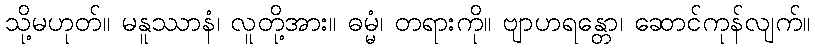
သို့မဟုတ်။ မနူဿာနံ၊ လူတို့အား။ ဓမ္မံ၊ တရားကို။ ဗျာဟရန္တော၊ ဆောင်ကုန်လျက်။